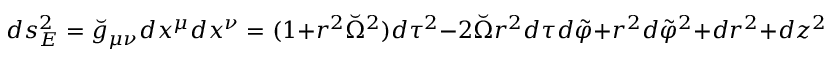
d s _ { E } ^ { 2 } = \breve { g } _ { \mu \nu } d x ^ { \mu } d x ^ { \nu } = ( 1 + r ^ { 2 } \breve { \Omega } ^ { 2 } ) d \tau ^ { 2 } - 2 \breve { \Omega } r ^ { 2 } d \tau d \tilde { \varphi } + r ^ { 2 } d \tilde { \varphi } ^ { 2 } + d r ^ { 2 } + d z ^ { 2 } ~ .